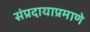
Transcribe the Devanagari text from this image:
संप्रदायाप्रमाणे